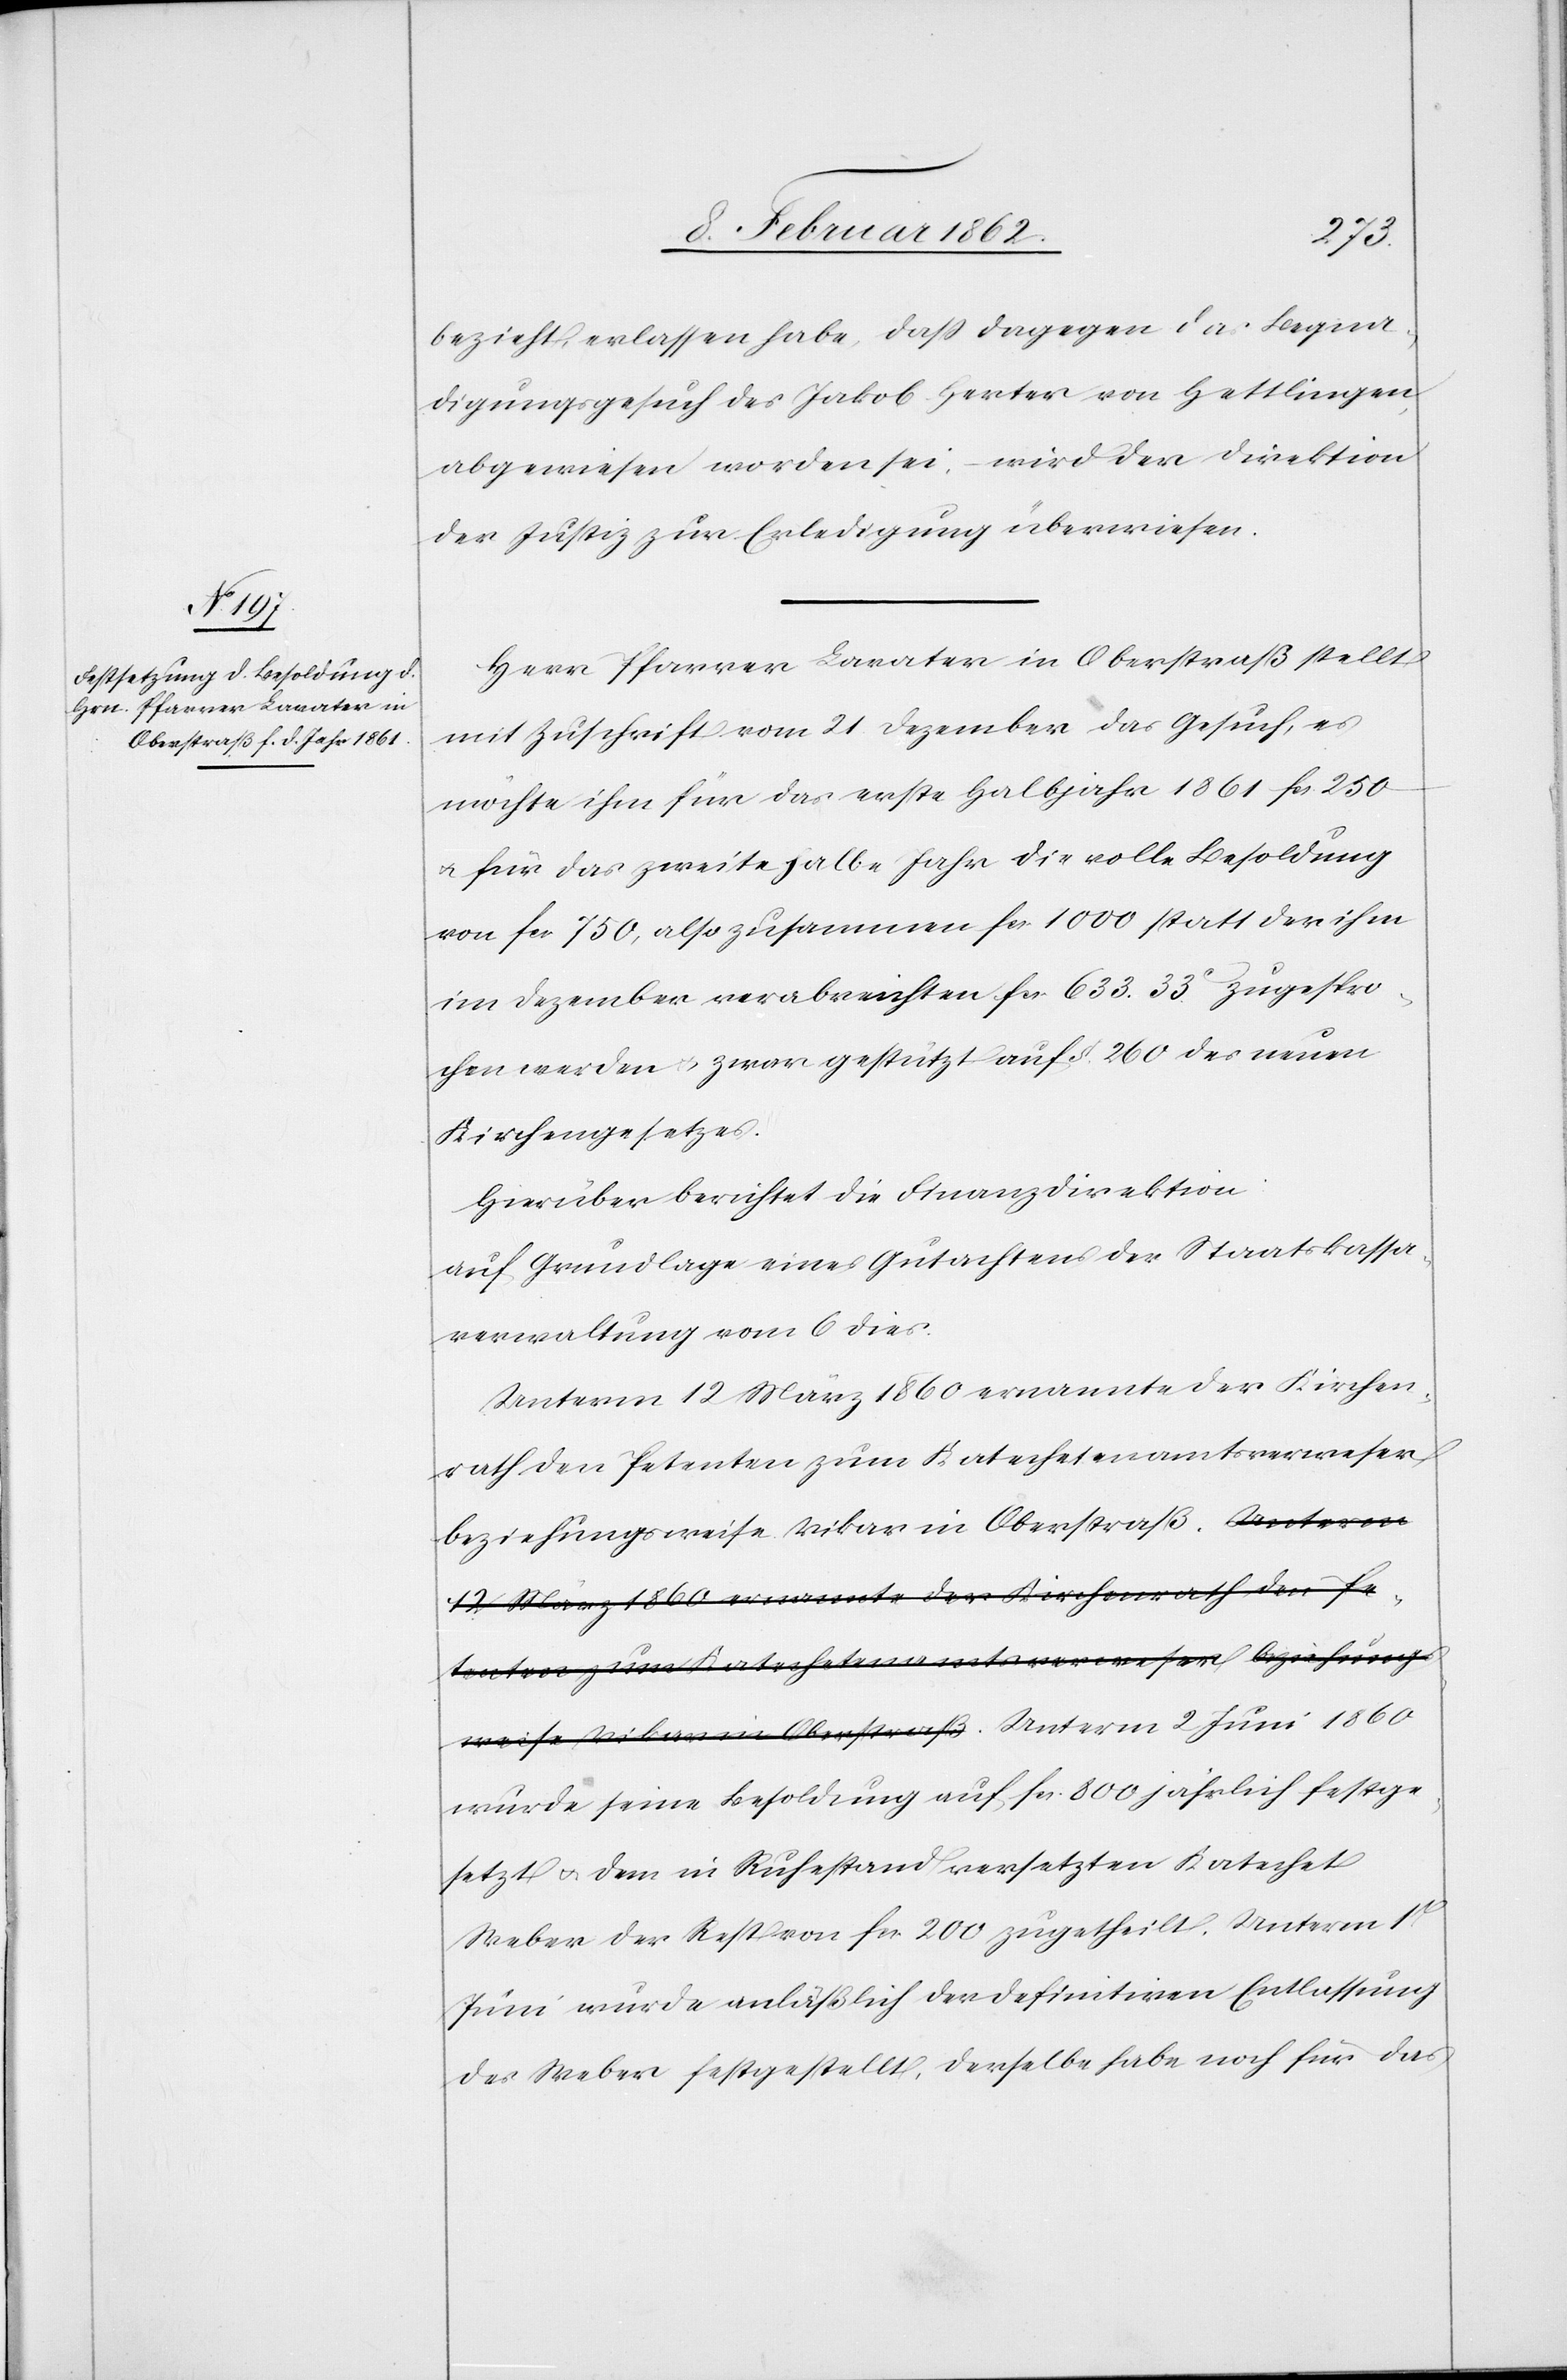
bezieht, erlassen habe, daß dagegen das Begna¬
digungsgesuch des Jakob Herter von Hettlingen
abgewiesen worden sei, – wird der Direktion
der Justiz zur Erledigung überwiesen.
Herr Pfarrer Lavater in Oberstraß stellt
mit Zuschrift vom 21. Dezember das Gesuch, es
möchte ihm für das erste Halbjahr 1861 fcs. 250
u. für das zweite halbe Jahr die volle Besoldung
von fcs. 750, also zusammen fcs. 1000 statt der ihm
im Dezember verabreichten fcs. 633. 33. zugespro¬
chen werden u. zwar gestützt auf §. 260 des neuen
Kirchengesetzes.
Hierüber berichtet die Finanzdirektion
auf Grundlage eines Gutachtens der Staatskassa¬
verwaltung vom 6 dies.
Unterm 12 März 1860 ernannte der Kirchen¬
rath den Petenten zum Katechetenamtsverweser
beziehungsweise Vikar in Oberstraß. Unterm
wurde seine Besoldung auf fcs. 800 jährlich festge¬
setzt u. dem in Ruhestand versetzten Katechet
Weber der Rest von fcs. 200 zugetheilt. Unterm 1
Juni wurde anläßlich der definitiven Entlassung
des Weber festgestellt, derselbe habe noch für das